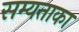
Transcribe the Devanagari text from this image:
सम्यताका